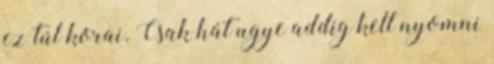
ez túl korai. Csak hát ugye addig kell nyomni